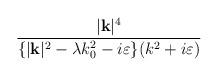
LaTeX: \begin{align*}\frac{|\mathbf{k}|^{4}}{\{|\mathbf{k}|^{2}-\lambda k_{0}^{2}-i\varepsilon \}(k^{2}+i\varepsilon )}\end{align*}